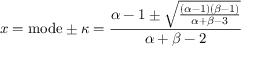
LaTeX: x = { \mathrm { m o d e } } \pm \kappa = { \frac { \alpha - 1 \pm { \sqrt { \frac { ( \alpha - 1 ) ( \beta - 1 ) } { \alpha + \beta - 3 } } } } { \alpha + \beta - 2 } }